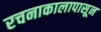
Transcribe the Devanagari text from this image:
रचनाकालापासून